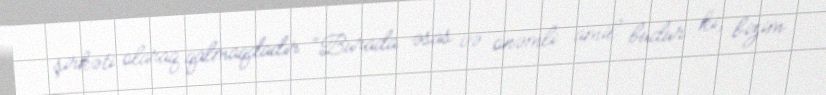
şirkəti olaraq qalmaqdadır: “Burada əsas və önəmli amil budur ki, bizim